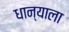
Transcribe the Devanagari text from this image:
धान्याला